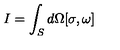
I = \int _ { S } d \Omega [ \sigma , \omega ]